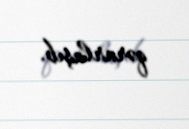
qərarlaşıb.